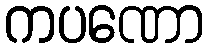
ကပဏော